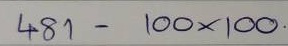
481 - 100 x 100